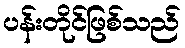
ပန်းတိုင်ဖြစ်သည်